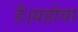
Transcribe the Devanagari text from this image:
हैं।यहोवा